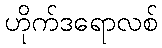
ဟိုက်ဒရောလစ်